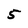
Character: 5